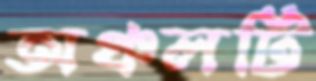
অঞ্চলটি